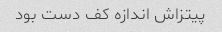
پیتزاش اندازه کف دست بود